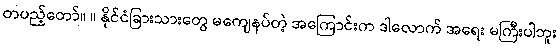
တပည့်တော်။ ။ နိုင်ငံခြားသားတွေ မကျေနပ်တဲ့ အကြောင်းက ဒါလောက် အရေး မကြီးပါဘူး